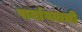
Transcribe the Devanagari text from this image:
पार्यायवाची